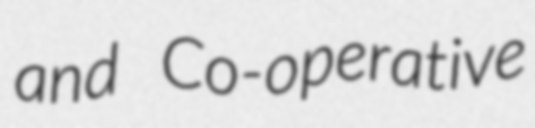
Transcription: and Co-operative